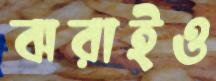
ঝরাইও